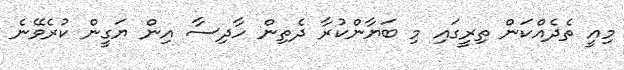
މިއީ ތެދެއްކަން ތިރީގައި މި ބަޔާންކުރާ ދެތިން ހާދިސާ އިން ޔަގީން ކުރެވޭނެ